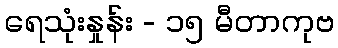
ရေသုံးနှုန်း - ၁၅ မီတာကုဗ